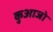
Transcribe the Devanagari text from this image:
कुआजो